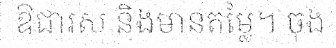
ឱជារស និងមានតម្លៃ។ ចុង